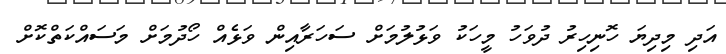
އަދި މިދިޔަ ހޮނިހިރު ދުވަހު މީހަކު ވަޅުލުމަށް ސަހަރާއިން ވަޅެއް ހޯދުމަށް މަސައްކަތްކޮށް